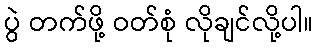
ပွဲ တက်ဖို့ ဝတ်စုံ လိုချင်လို့ပါ။